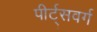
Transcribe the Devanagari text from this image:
पीर्ट्सवर्ग